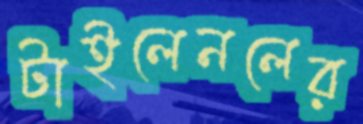
টাইলেনলের